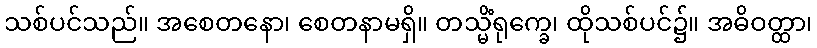
သစ်ပင်သည်။ အစေတနော၊ စေတနာမရှိ။ တသ္မိံရုက္ခေ၊ ထိုသစ်ပင်၌။ အဓိဝတ္ထာ၊